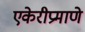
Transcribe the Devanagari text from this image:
एकेरीप्रमाणे